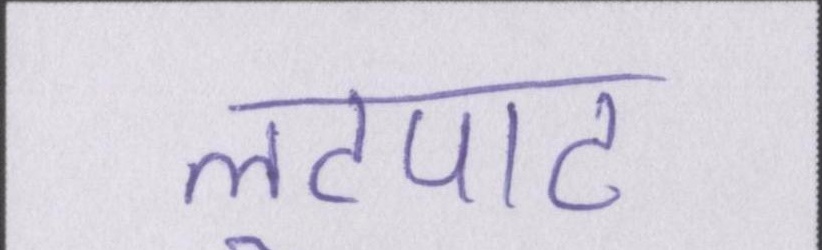
लूटपाट